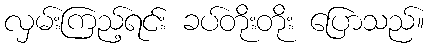
လှမ်းကြည့်ရင်း ခပ်တိုးတိုး ပြောသည်။